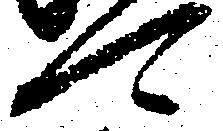
可